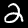
Label: 2